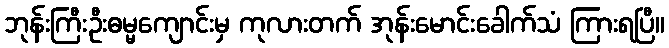
ဘုန်းကြီးဦးဓမ္မကျောင်းမှ ကုလားတက် အုန်းမောင်းခေါက်သံ ကြားရပြီ။